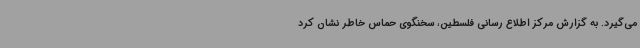
می‌گیرد. به گزارش مرکز اطلاع رسانی فلسطین، سخنگوی حماس خاطر نشان کرد